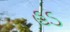
હડ